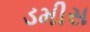
ડમીસ